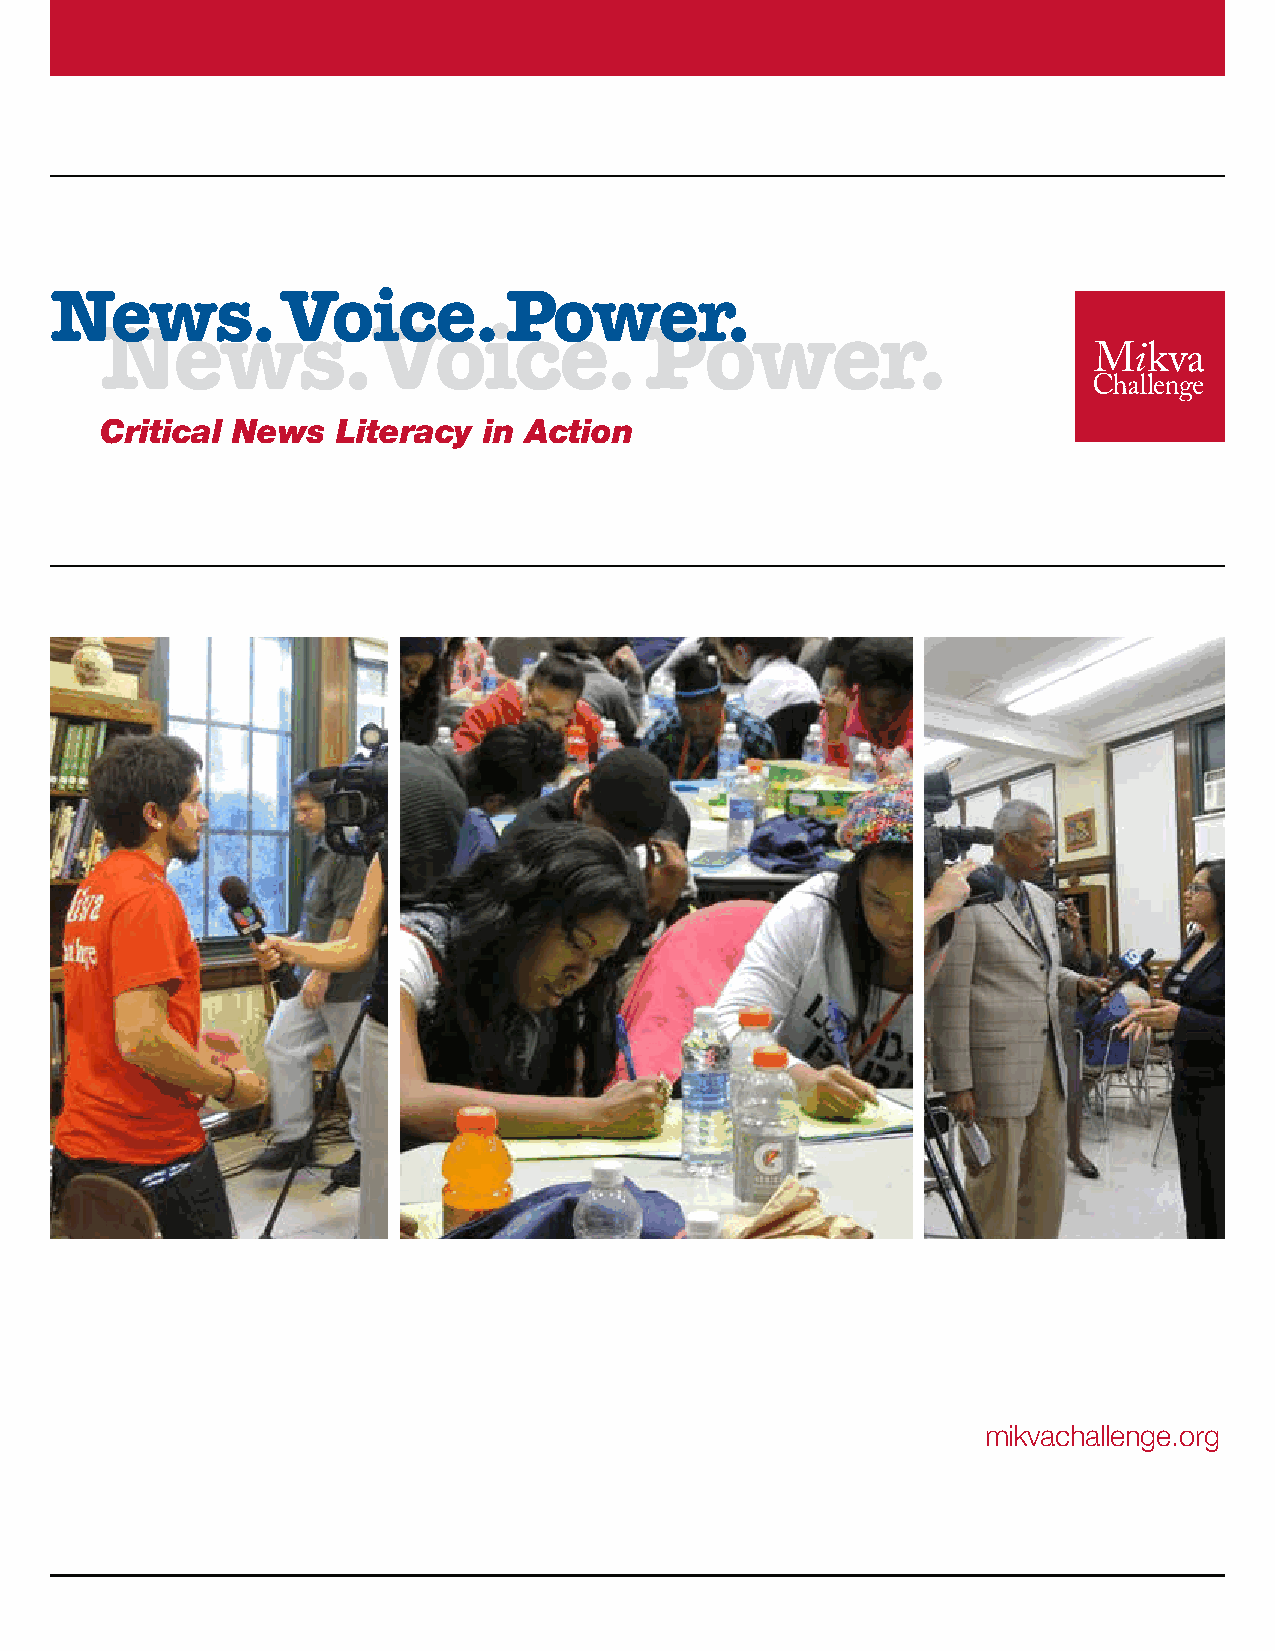
News.           Voice.        Power.
 News.             Voice.            Power.
 Critical News  Literacy  in Action
 mikvachallenge.org